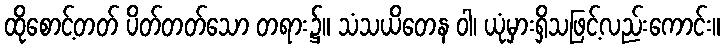
ထိုစောင့်တတ် ပိတ်တတ်သော တရား၌။ သံသယိတေန ဝါ၊ ယုံမှားရှိသဖြင့်လည်းကောင်း။